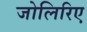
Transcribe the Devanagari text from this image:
जोलिरिए